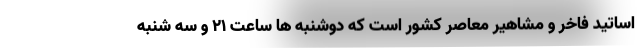
اساتید فاخر و مشاهیر معاصر کشور است که دوشنبه ها ساعت ۲۱ و سه شنبه